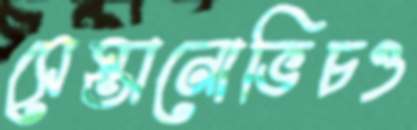
সেস্তানোভিচও